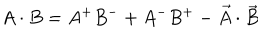
LaTeX: A \cdot B = A ^ { + } B ^ { - } + A ^ { - } B ^ { + } - \vec { A } \cdot \vec { B }